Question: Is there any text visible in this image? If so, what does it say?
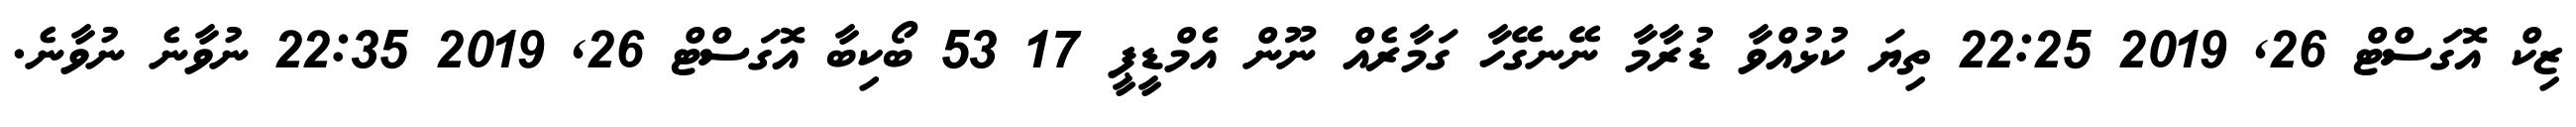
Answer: ޒިކް އޮގަސްޓް 26, 2019 22:25 ތިޔަ ކުޅުއްވާ ޑުރާމާ ނޭނގޭހާ ގަމާރެއް ނޫން އެމްޑީޕީ 17 53 ބޯކިބާ އޮގަސްޓް 26, 2019 22:35 ނުވާނެ ނުވާނެ.